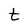
Character: t